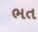
ભત